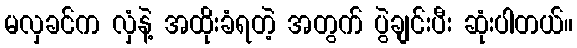
မလှခင်က လှံနဲ့ အထိုးခံရတဲ့ အတွက် ပွဲချင်းပီး ဆုံးပါတယ်။